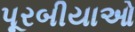
પૂરબીયાઓ